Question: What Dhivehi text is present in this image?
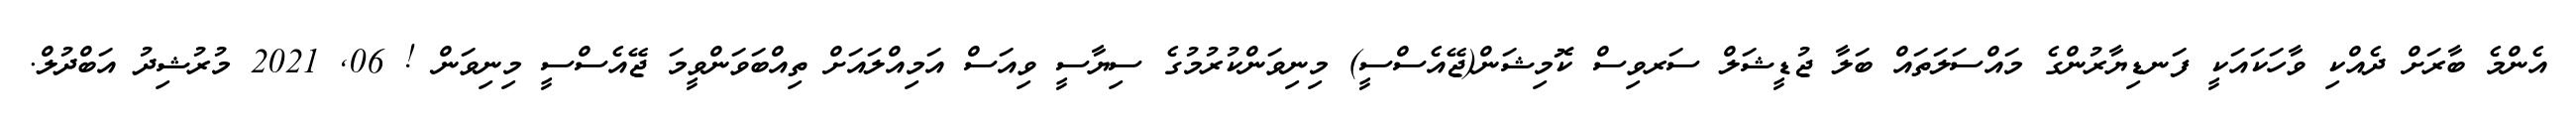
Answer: އެންމެ ބާރަށް ދެއްކި ވާހަކައަކީ ފަނޑިޔާރުންގެ މައްސަލަތައް ބަލާ ޖުޑީޝަލް ސަރވިސް ކޮމިޝަން(ޖޭއެސްސީ) މިނިވަންކުރުމުގެ ސިޔާސީ ވިއަސް އަމިއްލައަށް ތިއްބަވަންވީމަ ޖޭއެސްސީ މިނިވަން ! 06, 2021 މުރުޝިދު އަބްދުލް.